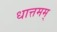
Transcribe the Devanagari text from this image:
धात्तमम्‌